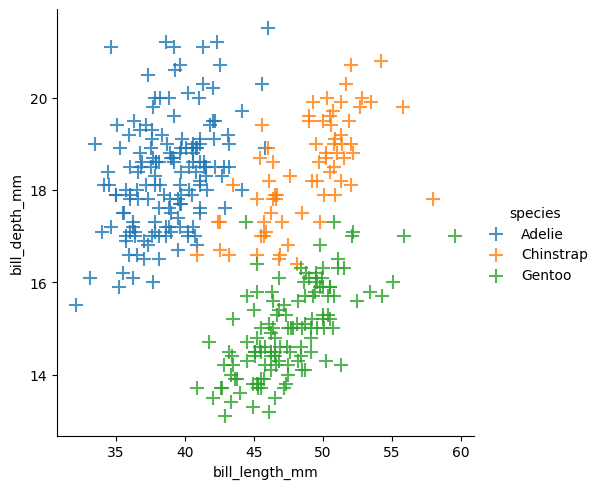
python, seaborn, lmplot, aspect=1.0, order=2, markers='+'